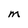
Character: M